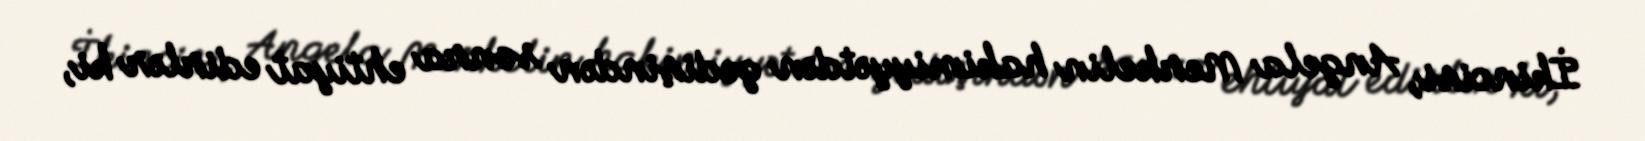
İkincisi, Angela Merkelin hakimiyyətdən gedişindən sonra ehtiyat edirlər ki,